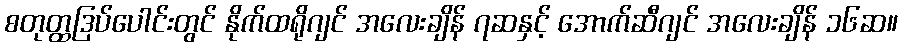
စတုတ္ထဒြပ်ပေါင်းတွင် နိုက်ထရိုဂျင် အလေးချိန် ၇ဆနှင့် အောက်ဆီဂျင် အလေးချိန် ၁၆ဆ။